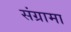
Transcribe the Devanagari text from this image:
संग्रामा